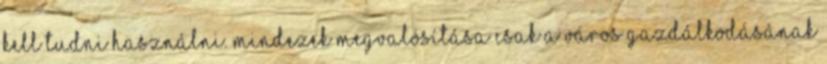
kell tudni használni. Mindezek megvalósítása csak a város gazdálkodásának